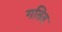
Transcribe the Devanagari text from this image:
गतित